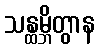
သန္ထမ္ဘိတွာန